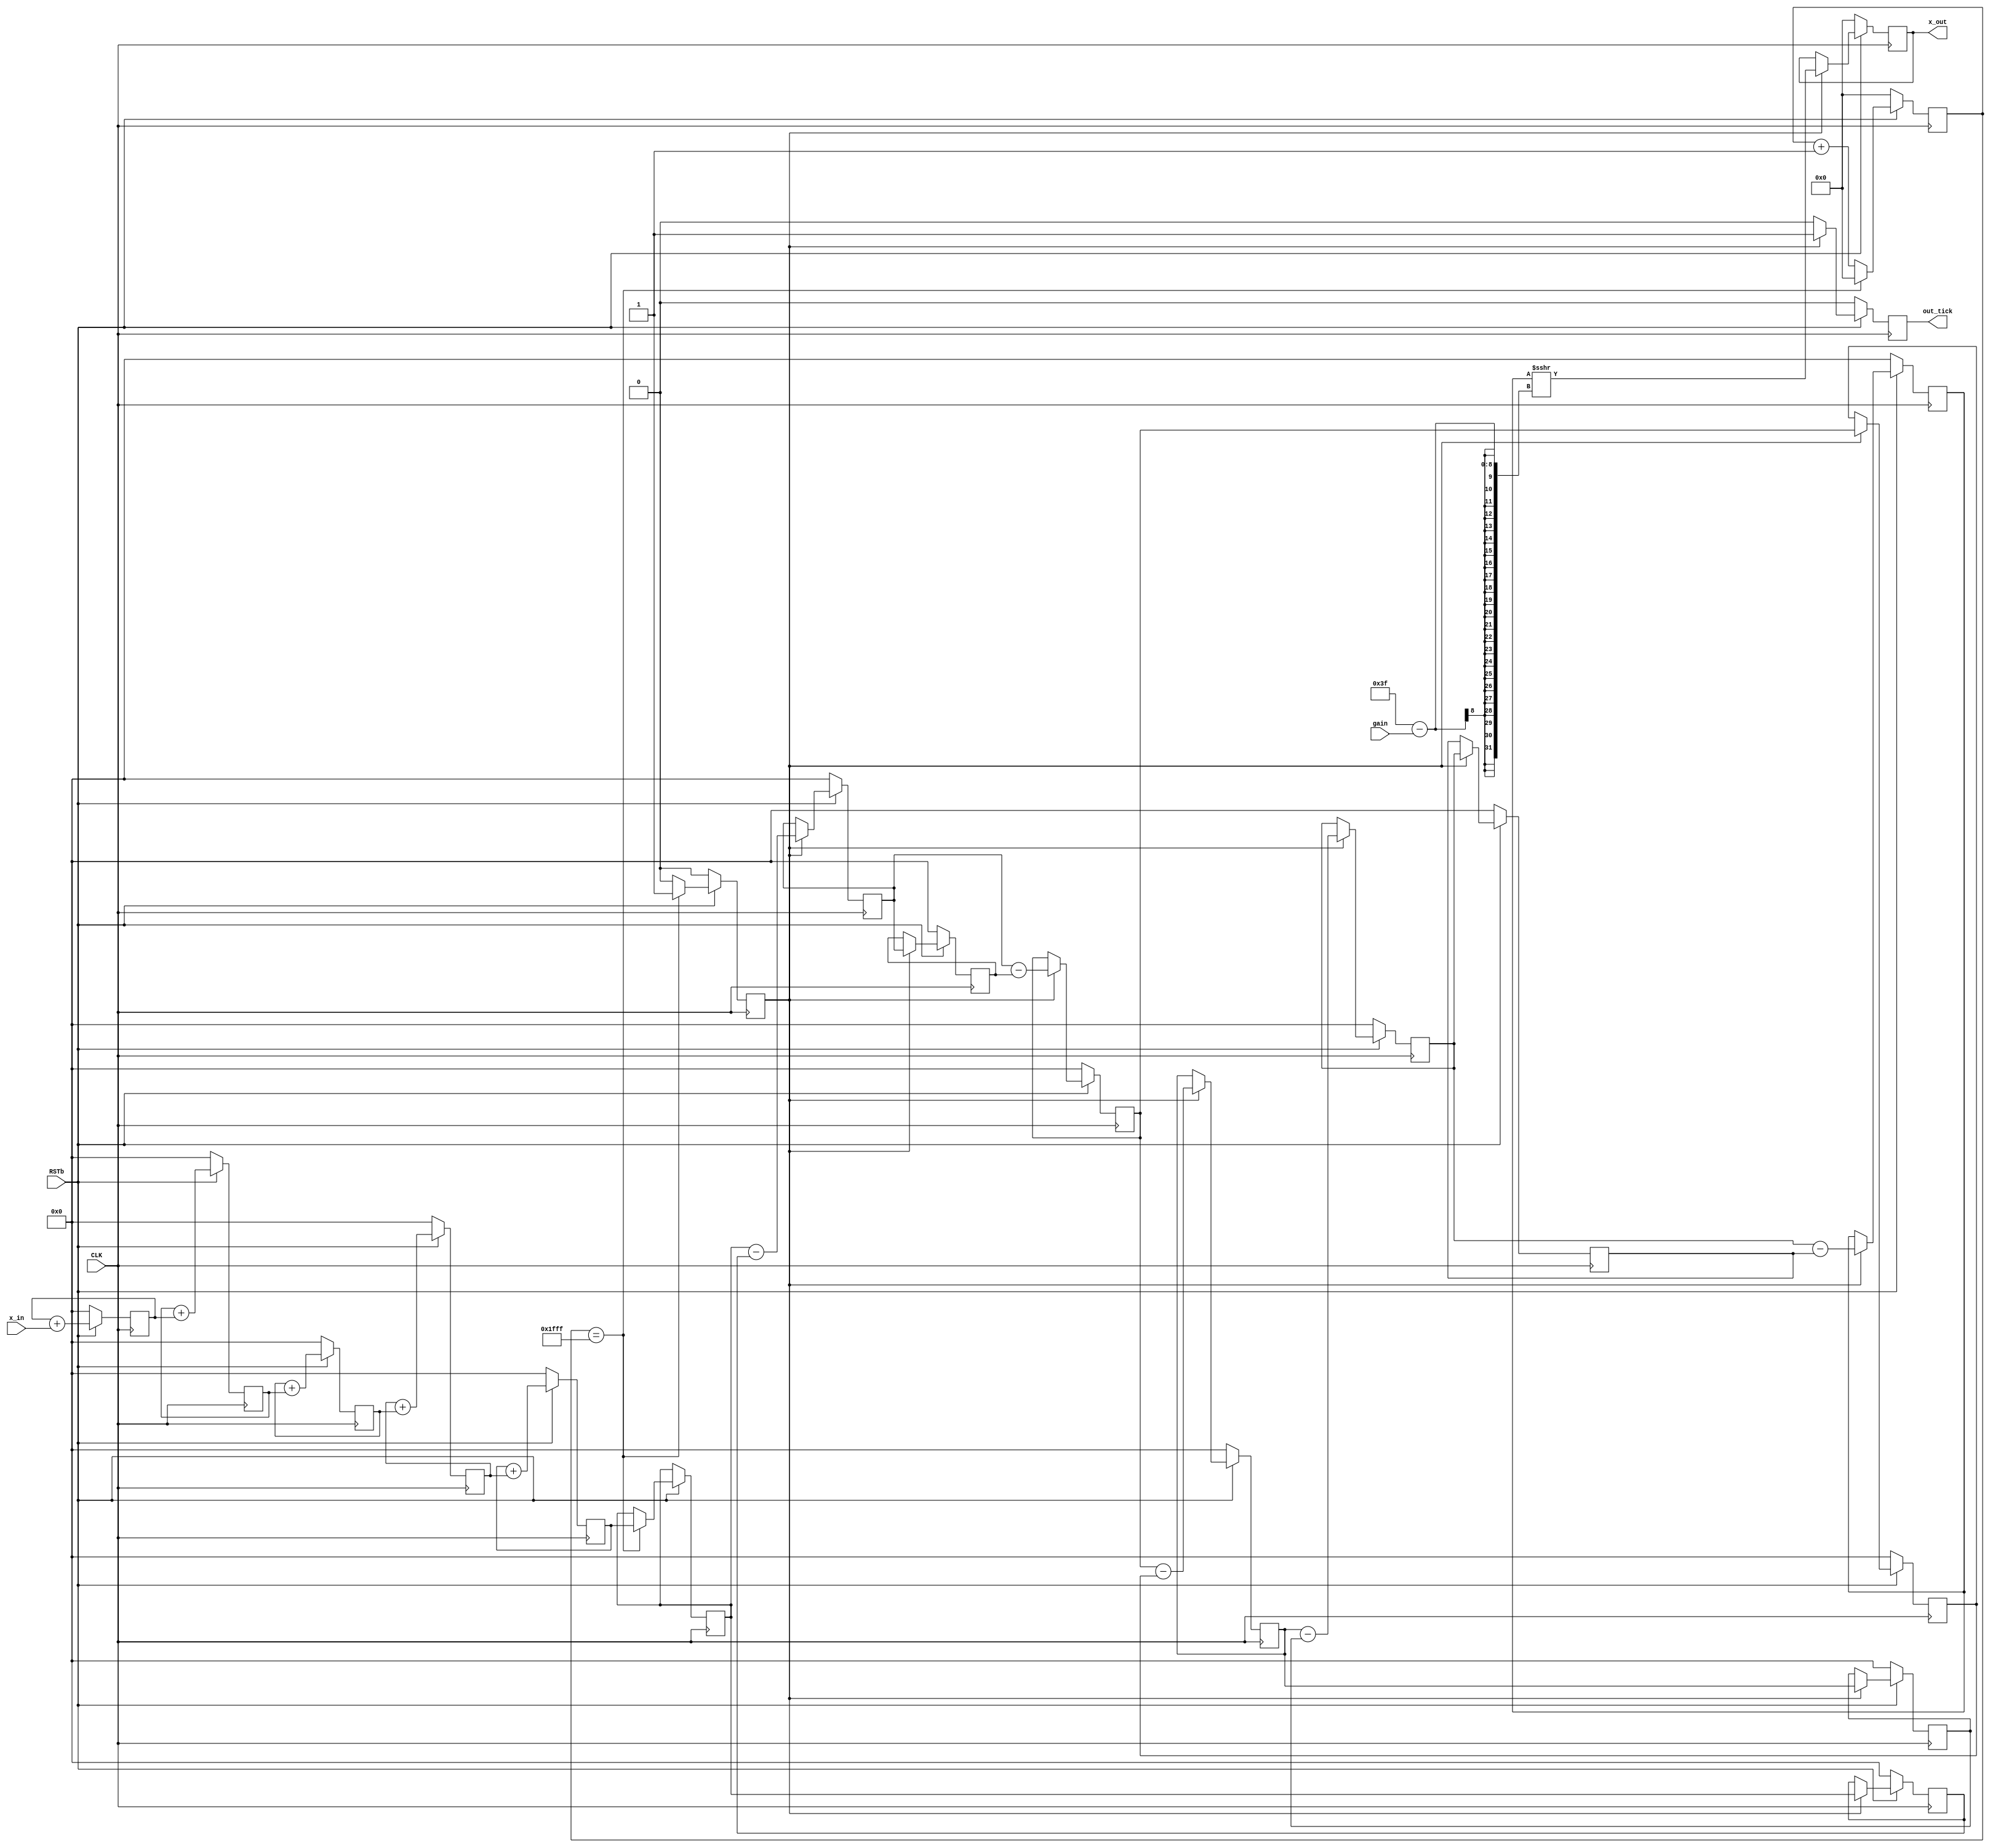
/*
 *	(C) 2022 J. R. Sharp
 *
 *	Based on https://hackaday.io/project/170916-fpga-3-r-1-c-mw-and-sw-sdr-receiver by
 *	Alberto Garlassi
 *
 *	See LICENSE.txt for software license
 */

/*
 *	From Alberto's code, register width is given by
 *	                             _       _
 *	w = num bits in x[n] + (Q * | log_2 D |) 
 *
 *	where x[n] is input sequence, Q is no. of stages and D is decimation factor.
 *
 *	So for Q = 5, D = 4096, and 16 bit input, 
 *
 *	w = 16 + 5 * 12 = 76 bits
 *
 *	Actual formula in Hogenauer's original paper is eqn. 11, viz:
 *			 _                          _
 *		B_max = |  N * log_2(R*M) + B_in - 1 |
 *
 * 	Where B_max is max output bits, B_in is input number of bits, N is num stages, R is decimation factor,
 *	M is diff. delay. So again we would have:
 *                       _                 _
 *		B_max = |  5 * 12 + 16 - 1  | = 75 bits
 */

module cic #(	
		parameter WIDTH = 81,	/* see notes above for register width */
		parameter DECIM = 8192,
		parameter BITS  = 16,
		parameter GAIN_BITS = 8 
)
(
	input CLK,
	input RSTb,

	input signed [BITS - 1:0] x_in,
	input [GAIN_BITS - 1:0]   gain,

	output reg signed [BITS - 1:0] x_out,

	output reg out_tick /* tick goes high for 1 clock cycle when an output sample is ready */

);

/* 5 integrator stages */
reg signed [WIDTH - 1:0] integ1;
reg signed [WIDTH - 1:0] integ2;
reg signed [WIDTH - 1:0] integ3;
reg signed [WIDTH - 1:0] integ4;
reg signed [WIDTH - 1:0] integ5;


/* Counter to determine when to tap off a sample into the comb section */
localparam COUNTER_BITS = 16;
reg [COUNTER_BITS - 1:0] count;

reg sample;

reg signed [WIDTH - 1:0] integ_sample;

// Integrator section
always @(posedge CLK)
begin
	if (RSTb == 1'b0)
	begin
		integ1 <= {WIDTH{1'b0}};
		integ2 <= {WIDTH{1'b0}};
		integ3 <= {WIDTH{1'b0}};
		integ4 <= {WIDTH{1'b0}};
		integ5 <= {WIDTH{1'b0}};
		//out_tick <= 1'b0;
		//x_out <= {BITS{1'b0}};
		count <= {COUNTER_BITS{1'b0}};
		sample <= 1'b0;
	end else begin
		integ1 <= integ1 + x_in;
		integ2 <= integ2 + integ1;
		integ3 <= integ3 + integ2;
		integ4 <= integ4 + integ3;
		integ5 <= integ5 + integ4;
		count <= count + 1;

		if (count == DECIM - 1)
		begin
			count <= {COUNTER_BITS{1'b0}};
			sample <= 1'b1;
			integ_sample <= integ5;
		end else begin
			sample <= 1'b0;
		end
	end
end

// Comb section

reg signed [WIDTH - 1:0] comb1, comb1_in_del;
reg signed [WIDTH - 1:0] comb2, comb2_in_del;
reg signed [WIDTH - 1:0] comb3, comb3_in_del;
reg signed [WIDTH - 1:0] comb4, comb4_in_del;
reg signed [WIDTH - 1:0] comb5, comb5_in_del;

always @(posedge CLK)
begin
	if (RSTb == 1'b0)
	begin
		comb1 <= {WIDTH{1'b0}};
		comb2 <= {WIDTH{1'b0}};
		comb3 <= {WIDTH{1'b0}};
		comb4 <= {WIDTH{1'b0}};
		comb5 <= {WIDTH{1'b0}};
		comb1_in_del <= {WIDTH{1'b0}};
		comb2_in_del <= {WIDTH{1'b0}};
		comb3_in_del <= {WIDTH{1'b0}};
		comb4_in_del <= {WIDTH{1'b0}};
		comb5_in_del <= {WIDTH{1'b0}};
		out_tick <= 1'b0;
		x_out <= {BITS{1'b0}};
	end
	else begin
		if (sample == 1'b1) begin
			comb1_in_del <= integ_sample;
			comb1 <= integ_sample - comb1_in_del;

			comb2_in_del <= comb1;
			comb2 <= comb1 - comb2_in_del;

			comb3_in_del <= comb2;
			comb3 <= comb2 - comb3_in_del;

			comb4_in_del <= comb3;
			comb4 <= comb3 - comb4_in_del;

			comb5_in_del <= comb4;
			comb5 <= comb4 - comb5_in_del;

			// Doesn't seem like variable gain synthesizes with yosys...
			x_out <= comb5 >>> (WIDTH - BITS - 2 - gain);
			out_tick <= 1'b1;
		end else begin
			out_tick <= 1'b0;
		end
	end
end

endmodule